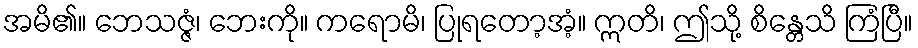
အမိ၏။ ဘေသဇ္ဇံ၊ ဘေးကို။ ကရောမိ၊ ပြုရတော့အံ့။ ဣတိ၊ ဤသို့ စိန္တေသိ ကြံပြီ။